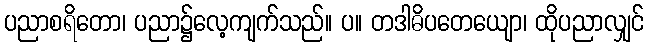
ပညာစရိတော၊ ပညာ၌လေ့ကျက်သည်။ ပ။ တဒါဓိပတေယျော၊ ထိုပညာလျှင်